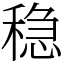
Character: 稳